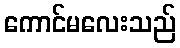
ကောင်မလေးသည်